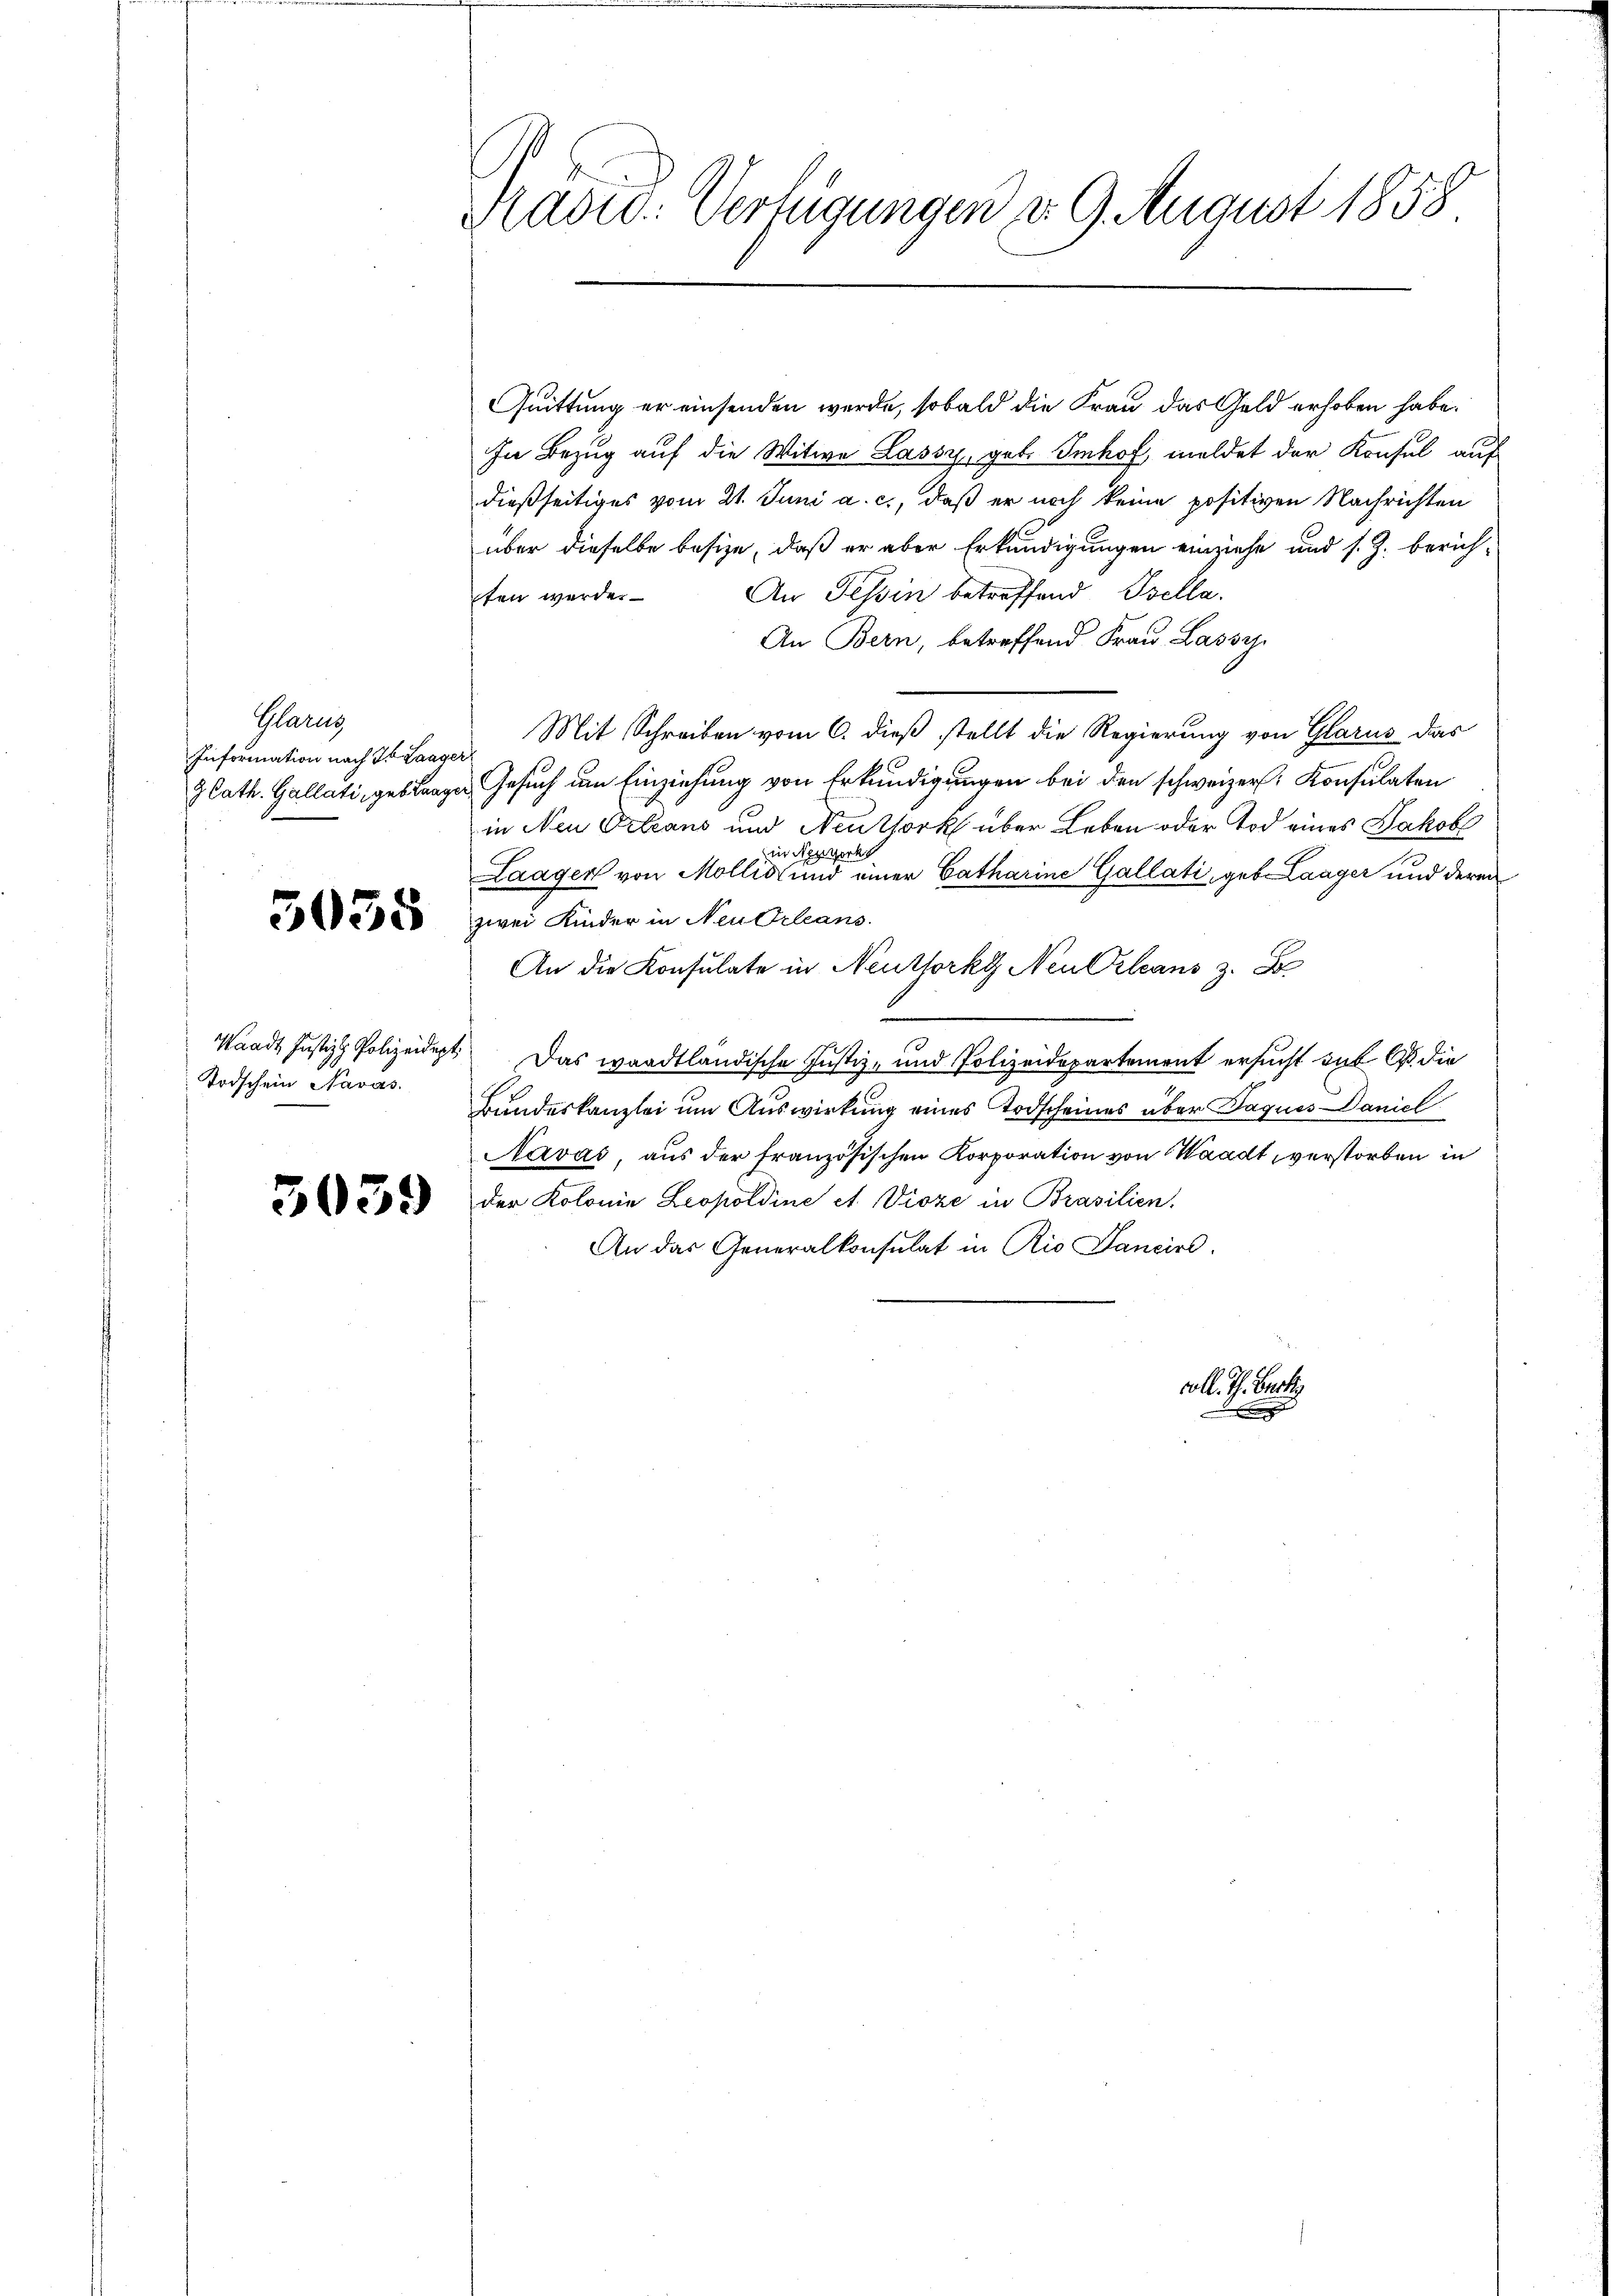
Glarus
Information nach da Laager

3038

Todschein Navas.

3039

Rasu: Verfügungen d. 9. August 1858

Quittung er einsenden werde, sobald die Frau das Geld erhoben habe.
In Bezug auf die Witwe Lassy, geb. Imhof, meldet der Konsul auf
dießseitiges vom 21. Juni a. c., daß er noch keine positiven Nachrichten
über dieselbe besize, daß er aber Erkundigungen einziehe und s. Z. berich-
An Tessin betreffend Isella.
ten werde.
An Bern, betreffend Frau Lassy
Mit Schreiben vom 6. dieß stellt die Regierung von Glarus das
3 Cath. Gallati, geblangen Gesuch um Einziehung von Erkundigungen bei den schweizer Konsulaten
in Neu Orleans und Neuthork über Leben oder Tod eines Jakob
ork
tit
Laager von Mollis und einer Catharine Gallati, geb. Laager und deren
zwei Kinder in Neudrleans
An die Konsulate in Neutforkg Neu Orleans z. B
2
Waadt Justiz & Polizeidigt. Das waadtländische Justiz- und Polizeidepartement ersucht auf 6. die
Bundeskanzlei um Auswirkung eines Todscheines über Jaques Daniel
Navas, aus der französischen Korporation von Waadt, verstorben in
der Kolonie Leopoldine et Vioze in Brasilien.
An das Generalkonsulat in Rio Sancire
coll. Th. Becke